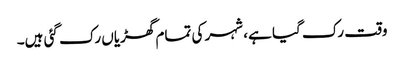
وقت رک گیا ہے، شہر کی تمام گھڑیاں رک گئی ہیں۔